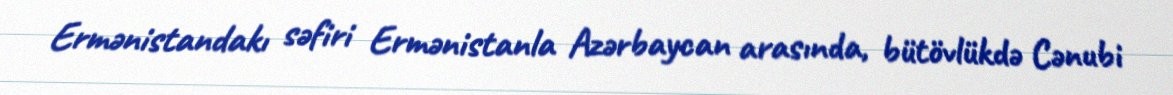
Ermənistandakı səfiri Ermənistanla Azərbaycan arasında, bütövlükdə Cənubi